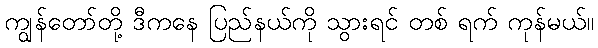
ကျွန်တော်တို့ ဒီကနေ ပြည်နယ်ကို သွားရင် တစ် ရက် ကုန်မယ်။